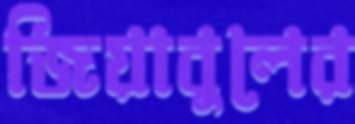
জিয়াবুলের